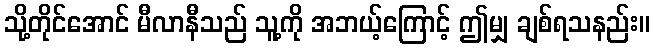
သို့တိုင်အောင် မီလာနီသည် သူ့ကို အဘယ့်ကြောင့် ဤမျှ ချစ်ရသနည်း။